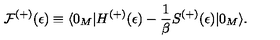
{ \cal F } ^ { ( + ) } ( \epsilon ) \equiv \langle 0 _ { M } | H ^ { ( + ) } ( \epsilon ) - \frac { 1 } { \beta } S ^ { ( + ) } ( \epsilon ) | 0 _ { M } \rangle { . }